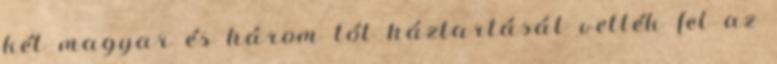
két magyar és három tót háztartását vették fel az